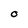
Character: O